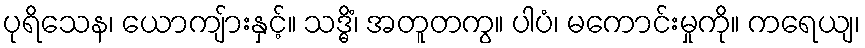
ပုရိသေန၊ ယောကျ်ားနှင့်။ သဒ္ဓိံ၊ အတူတကွ။ ပါပံ၊ မကောင်းမှုကို။ ကရေယျ၊